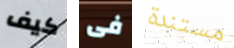
كيف فى مستندة